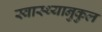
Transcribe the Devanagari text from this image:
स्वास्थ्यानुकुल